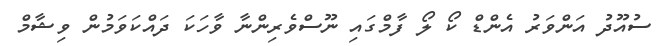
ސުއޫދު އަންވަރު އެންޑް ކޯ ލޯ ފާމްގައި ނޫސްވެރިންނާ ވާހަކަ ދައްކަވަމުން ވިޝާމް